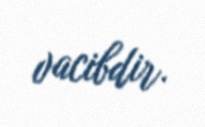
vacibdir.